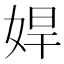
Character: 娨